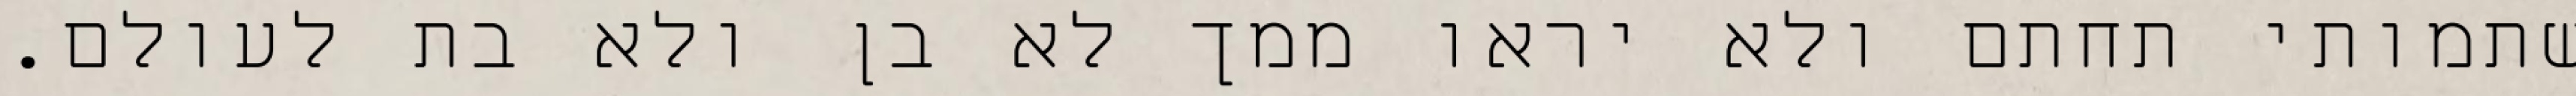
שתמותי תחתם ולא יראו ממך לא בן ולא בת לעולם.